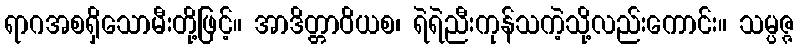
ရာဂအစရှိသောမီးတို့ဖြင့်။ အာဒိတ္တာဝိယစ၊ ရဲရဲညီးကုန်သကဲ့သို့လည်းကောင်း။ သမ္ပဇ္ဇ